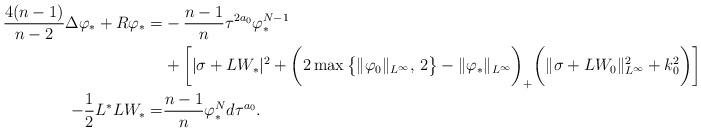
LaTeX: \begin{align*}\aligned\frac{4(n-1)}{n-2}\Delta \varphi_* +R\varphi_*=&-\frac{n-1}{n}\tau^{2a_0}\varphi_*^{N-1}\\&+\bigg[|\sigma+LW_*|^2+\bigg(2\max\big\{\|\varphi_0\|_{L^\infty},\,2\big\}-\|\varphi_*\|_{L^\infty}\bigg)_+\bigg(\|\sigma+LW_0\|^2_{L^\infty}+k_0^2\bigg)\bigg]\varphi_*^{-N-1},\\-\frac{1}{2}L^*LW_*=&\frac{n-1}{n}\varphi_*^Nd\tau^{a_0}.\endaligned\end{align*}